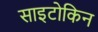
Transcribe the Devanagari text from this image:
साइटोकिन